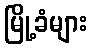
မြို့ခံများ